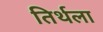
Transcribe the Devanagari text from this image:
तिर्थला